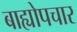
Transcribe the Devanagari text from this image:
बाह्योपचार